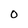
Character: O